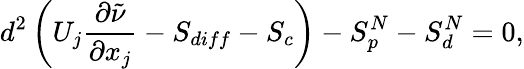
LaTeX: d^{2}\left(U_{j}\frac{\partial\tilde{\nu}}{\partial x_{j}}-S_{diff}-S_{c}\right)-S_{p}^{N}-S_{d}^{N}=0,